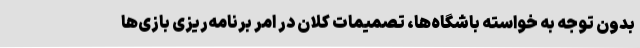
بدون توجه به خواسته باشگاه‌ها، تصمیمات کلان در امر برنامه‌ریزی بازی‌ها